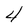
Character: 4